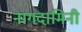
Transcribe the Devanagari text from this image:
नागदामिनी